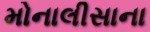
મોનાલીસાના